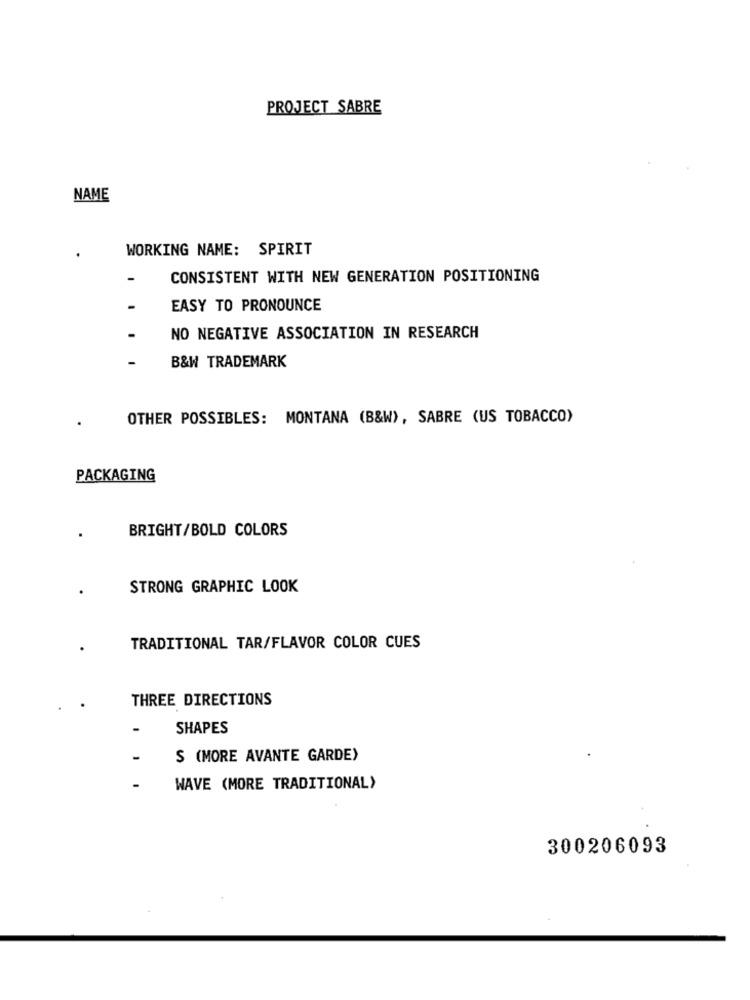
PROJECT SABRE
NAME
WORKING NAME: SPIRIT
CONSISTENT WITH NEW GENERATION POSITIONING
EASY TO PRONOUNCE
NO NEGATIVE ASSOCIATION IN RESEARCH
B&W TRADEMARK
OTHER POSSIBLES: MONTANA (B&W), SABRE (US TOBACCO)
PACKAGING
BRIGHT/BOLD COLORS
STRONG GRAPHIC LOOK
TRADITIONAL TAR/FLAVOR COLOR CUES
THREE DIRECTIONS
-
SHAPES
$ (MORE AVANTE GARDE)
WAVE (MORE TRADITIONAL)
300206093